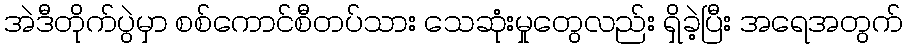
အဲဒီတိုက်ပွဲမှာ စစ်ကောင်စီတပ်သား သေဆုံးမှုတွေလည်း ရှိခဲ့ပြီး အရေအတွက်